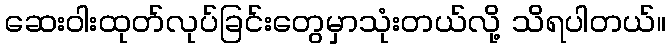
ဆေးဝါးထုတ်လုပ်ခြင်းတွေမှာသုံးတယ်လို့ သိရပါတယ်။